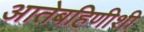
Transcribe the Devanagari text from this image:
आतेबहिणीशी